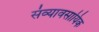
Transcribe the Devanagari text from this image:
संव्यावसायिक